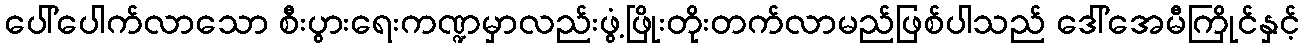
ပေါ်ပေါက်လာသော စီးပွားရေးကဏ္ဍမှာလည်းဖွံ့ဖြိုးတိုးတက်လာမည်ဖြစ်ပါသည် ဒေါ်အေမီကြိုင်နှင့်